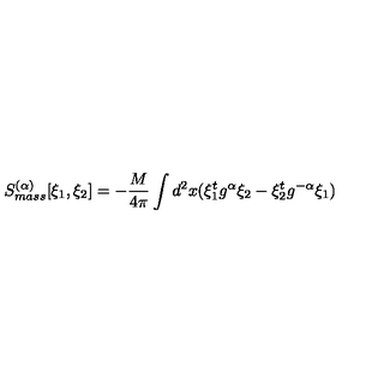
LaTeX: S _ { m a s s } ^ { ( \alpha ) } [ \xi _ { 1 } , \xi _ { 2 } ] = - \frac { M } { 4 \pi } \int d ^ { 2 } x ( \xi _ { 1 } ^ { t } g ^ { \alpha } \xi _ { 2 } - \xi _ { 2 } ^ { t } g ^ { - \alpha } \xi _ { 1 } )